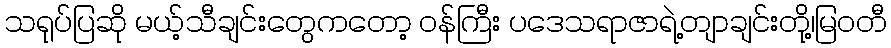
သရုပ်ပြဆို မယ့်သီချင်းတွေကတော့ ဝန်ကြီး ပဒေသရာဇာရဲ့တျာချင်းတို့၊မြဝတီ